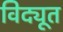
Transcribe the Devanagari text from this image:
विद्यूत